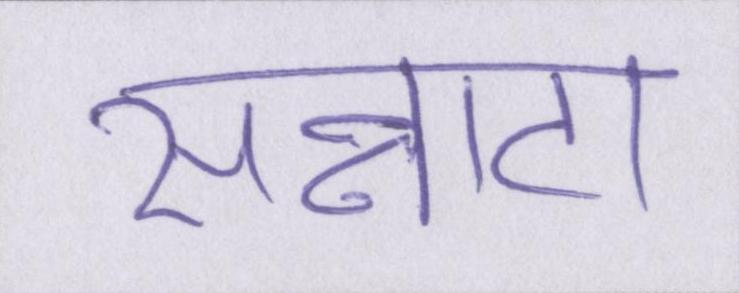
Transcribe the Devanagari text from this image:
सन्नाटा